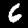
Digit: 6